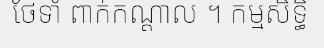
ថែទាំ ពាក់កណ្តាល ។ កម្មសិទ្ធិ